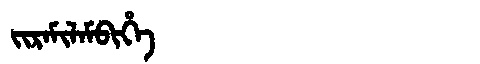
Manchu: ᠵᡳᡵᠠᠮᡳᠯᠠᠮᠪᡳᡥᡝ
Romanization: JIRAMILAMBIHE